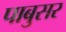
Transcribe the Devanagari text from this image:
पाबुसर